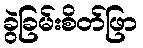
ခွဲခြမ်းစိတ်ဖြာ